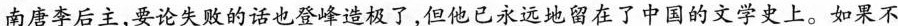
南唐李后主，要论失败的话也登峰造极了，但他已永远地留在了中国的文学史上。如果不